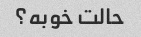
حالت خوبه؟